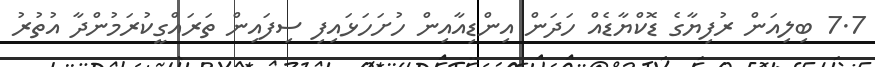
7.7 ބިލިއަން ރުފިޔާގެ ޑޮކްޔާޑެއް ހަދަން އިންޑިއާއިން ހުށަހަޅައިފި ސިފައިން ތަރައްގީކުރަމުންދާ އުތުރު